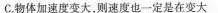
C.物体加速度变大，则速度也一定是在变大